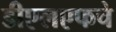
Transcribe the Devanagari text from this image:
डीएलएफचे